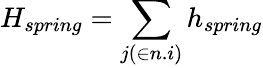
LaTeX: H_{spring}=\sum_{j(\in n.i)}h_{spring}